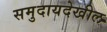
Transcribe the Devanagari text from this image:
समुदायदेखील